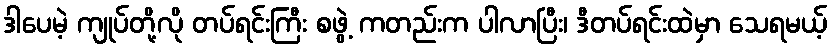
ဒါပေမဲ့ ကျုပ်တို့လို တပ်ရင်းကြီး စဖွဲ့ ကတည်းက ပါလာပြီး၊ ဒီတပ်ရင်းထဲမှာ သေရမယ့်